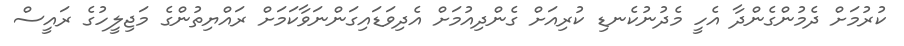
ކުރުމަށް ދެމުންގެންދާ އެހީ މެދުނުކެނޑި ކުރިއަށް ގެންދިއުމަށް އެދިވަޑައިގަންނަވާކަމަށް ރައްޔިތުންގެ މަޖިލީހުގެ ރައީސް